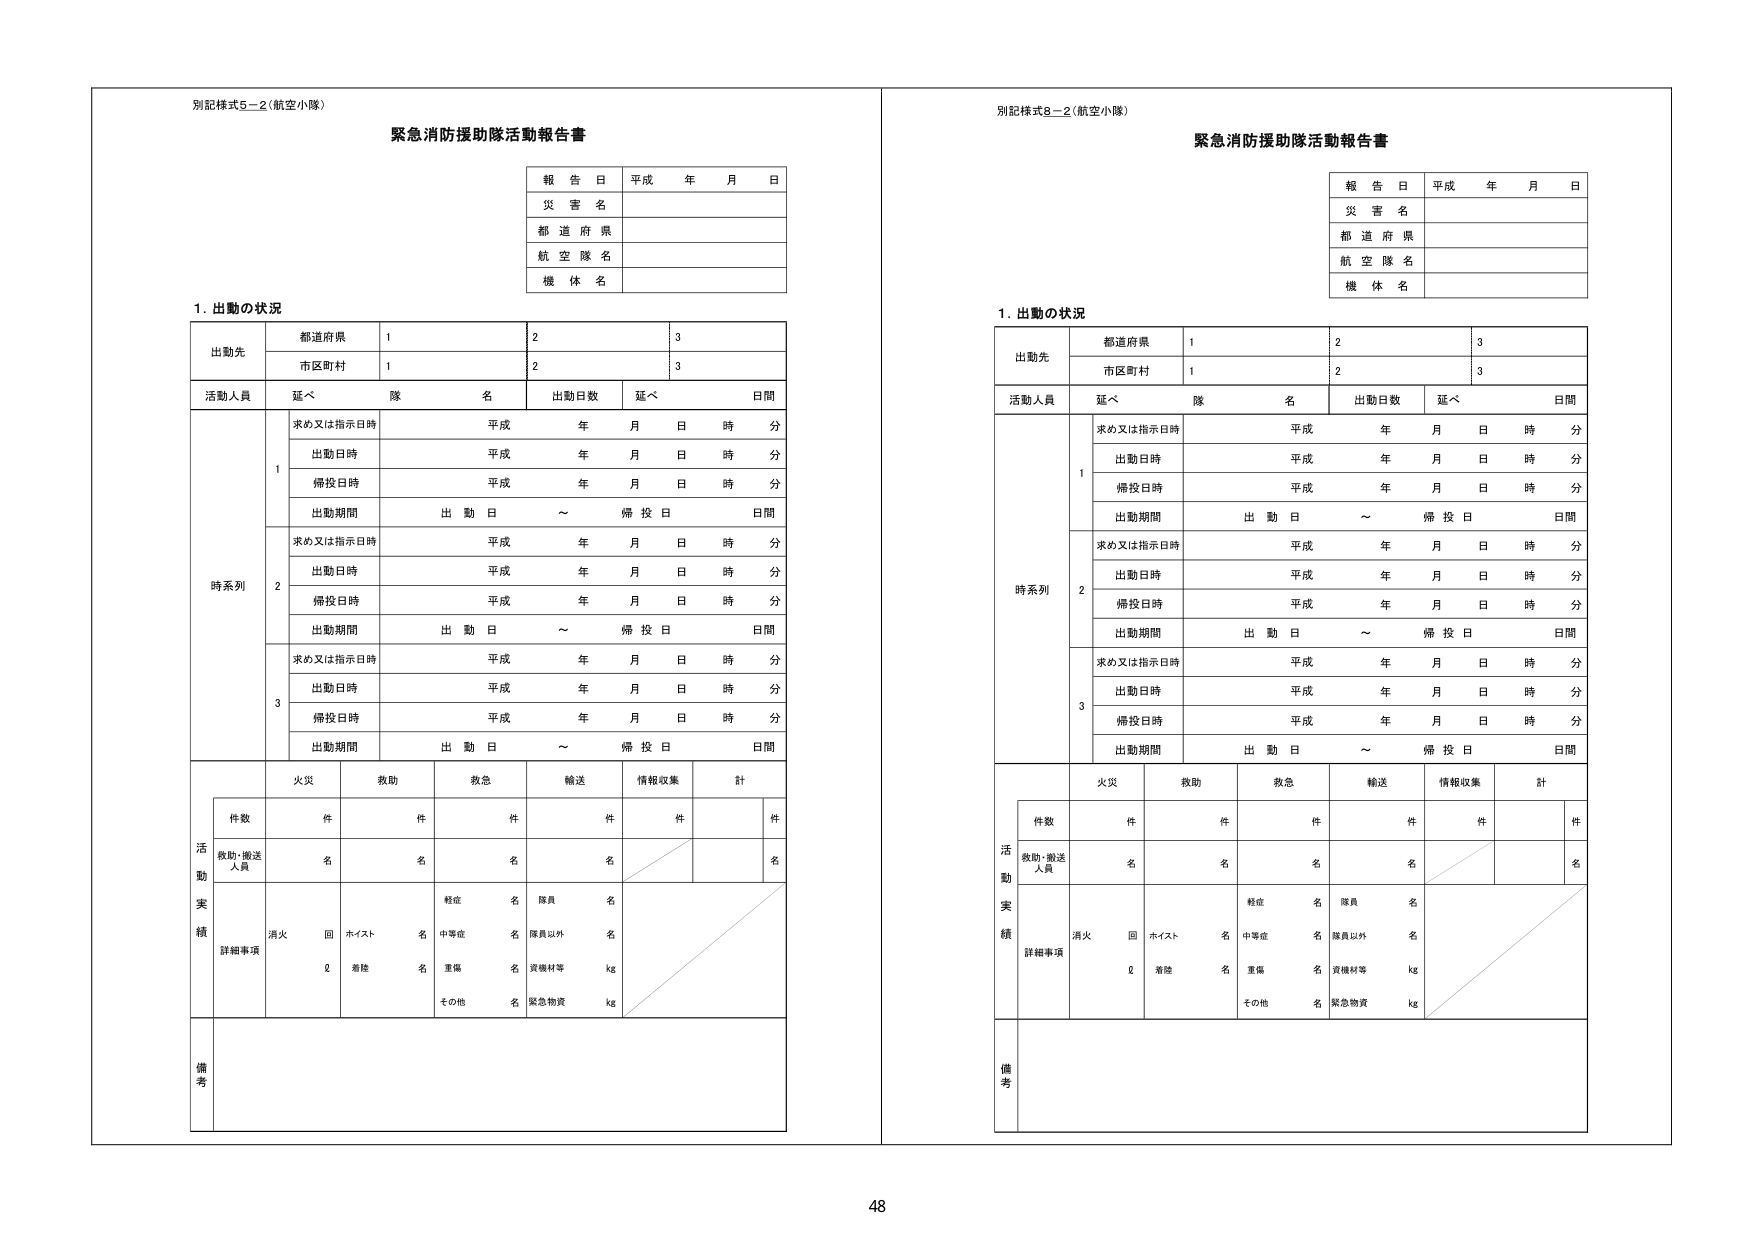
別記様式5－2（航空小隊）
緊急消防援助隊活動報告書

報告日 平成 年 月 日
災害名
都道府県
航空隊名
機体名

1．出動の状況

出動先
都道府県 1 2 3
市区町村 1 2 3

活動人員
延べ 隊 名 出動日数 延べ 日間

時系列
1
求め又は指示日時 平成 年 月 日 時 分
出動日時 平成 年 月 日 時 分
帰投日時 平成 年 月 日 時 分
出動期間 出動日 ～ 帰投日 日間

2
求め又は指示日時 平成 年 月 日 時 分
出動日時 平成 年 月 日 時 分
帰投日時 平成 年 月 日 時 分
出動期間 出動日 ～ 帰投日 日間

3
求め又は指示日時 平成 年 月 日 時 分
出動日時 平成 年 月 日 時 分
帰投日時 平成 年 月 日 時 分
出動期間 出動日 ～ 帰投日 日間

活動実績
火災 救助 救急 輸送 情報収集 計
件数 件 件 件 件 件 件
救助・搬送人員 名 名 名 名 名
詳細事項
消火 回 ホイスト 名 軽症 名 隊員 名
Q 着陸 名 中等症 名 隊員以外 名
重傷 名 資機材等 kg
その他 名 緊急物資 kg

備考

別記様式8－2（航空小隊）
緊急消防援助隊活動報告書

報告日 平成 年 月 日
災害名
都道府県
航空隊名
機体名

1．出動の状況

出動先
都道府県 1 2 3
市区町村 1 2 3

活動人員
延べ 隊 名 出動日数 延べ 日間

時系列
1
求め又は指示日時 平成 年 月 日 時 分
出動日時 平成 年 月 日 時 分
帰投日時 平成 年 月 日 時 分
出動期間 出動日 ～ 帰投日 日間

2
求め又は指示日時 平成 年 月 日 時 分
出動日時 平成 年 月 日 時 分
帰投日時 平成 年 月 日 時 分
出動期間 出動日 ～ 帰投日 日間

3
求め又は指示日時 平成 年 月 日 時 分
出動日時 平成 年 月 日 時 分
帰投日時 平成 年 月 日 時 分
出動期間 出動日 ～ 帰投日 日間

活動実績
火災 救助 救急 輸送 情報収集 計
件数 件 件 件 件 件 件
救助・搬送人員 名 名 名 名 名
詳細事項
消火 回 ホイスト 名 軽症 名 隊員 名
Q 着陸 名 中等症 名 隊員以外 名
重傷 名 資機材等 kg
その他 名 緊急物資 kg

備考

48